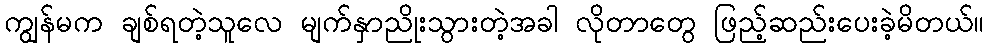
ကျွန်မက ချစ်ရတဲ့သူလေ မျက်နှာညိုးသွားတဲ့အခါ လိုတာတွေ ဖြည့်ဆည်းပေးခဲ့မိတယ်။